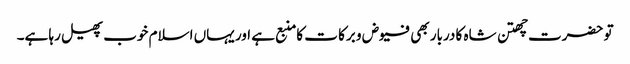
تو حضرت چھتن شاہ کا دربار بھی فیوض و برکا ت کامنبع ہے اور یہاں اسلام خوب پھیل رہا ہے۔